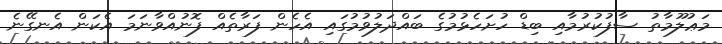
މަޢުލޫމާތު ސާފުކުރުމާއި ބިޑް ހުށަހެޅުމުގެ ބައްދަލުވުމުގައި އެހެން ފަރާތެއް ފޮނުއްވާނަމަ އެކަން އެނގޭނެ